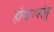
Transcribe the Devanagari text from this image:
होगा।परंतु